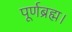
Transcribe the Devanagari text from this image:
पूर्णब्रह्म।